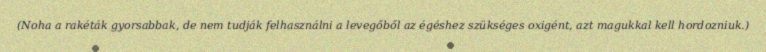
(Noha a rakéták gyorsabbak, de nem tudják felhasználni a levegőből az égéshez szükséges oxigént, azt magukkal kell hordozniuk.)